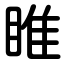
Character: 睢